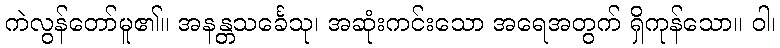
ကဲလွန်တော်မူ၏။ အနန္တသင်္ခေသု၊ အဆုံးကင်းသော အရေအတွက် ရှိကုန်သော။ ဝါ၊